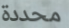
محددة